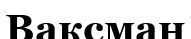
Ваксман